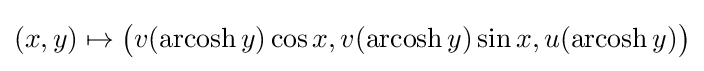
(x,y)\mapsto {\big (}v(\operatorname {arcosh} y)\cos x,v(\operatorname {arcosh} y)\sin x,u(\operatorname {arcosh} y){\big )}